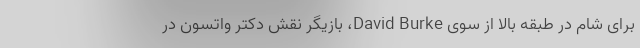
برای شام در طبقه بالا از سوی David Burke، بازیگر نقش دکتر واتسون در